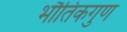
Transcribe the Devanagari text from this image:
भौतिकगुण